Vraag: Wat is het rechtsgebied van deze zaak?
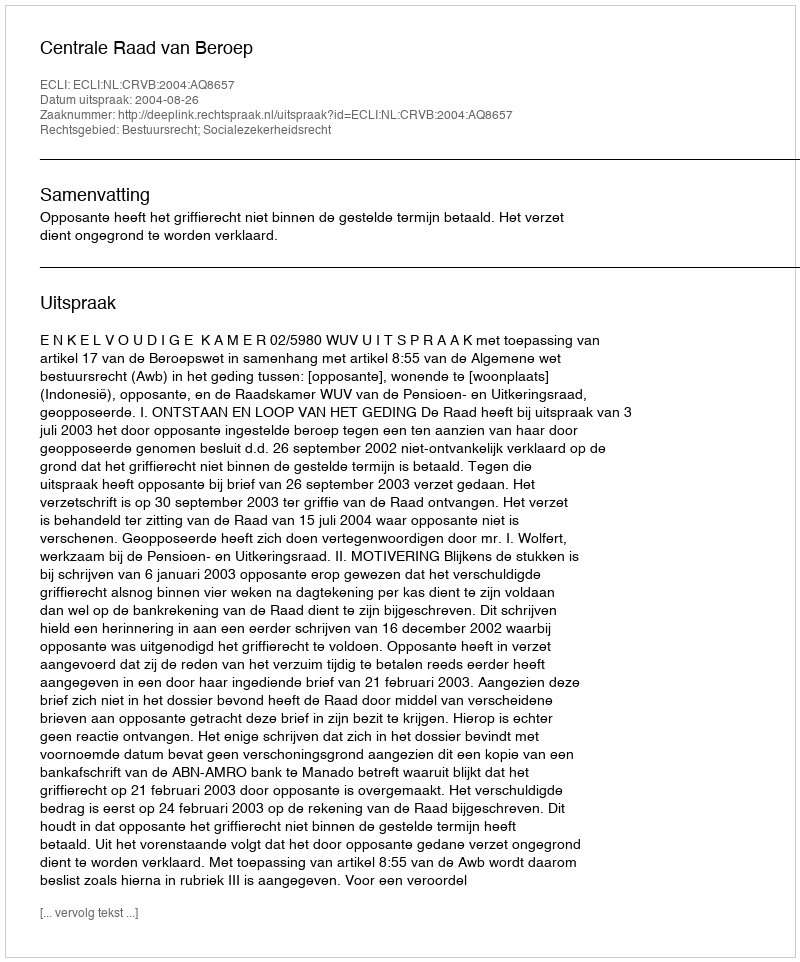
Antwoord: Bestuursrecht; Socialezekerheidsrecht